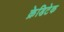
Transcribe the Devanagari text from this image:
क्रेडिटेक